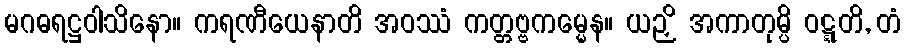
မဂဓရဋ္ဌဝါသိနော။ ကရဏီယေနာတိ အဝဿံ ကတ္တဗ္ဗကမ္မေန။ ယဉှိ အကာတုမ္ပိ ဝဋ္ဋတိ, တံ